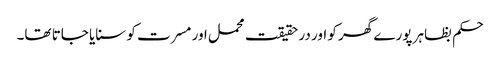
حکم بظاہر پورے گھر کو اور در حقیقت محمل اور مسرت کو سنایا جاتا تھا۔